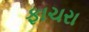
ફાચરા